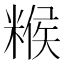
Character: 糇